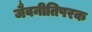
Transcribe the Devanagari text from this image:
जैवनीतिपरक